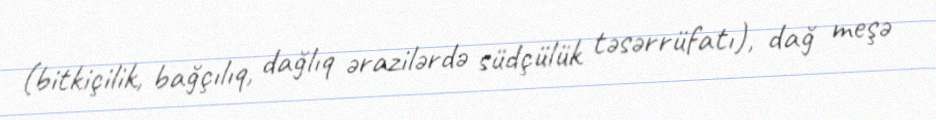
(bitkiçilik, bağçılıq, dağlıq ərazilərdə südçülük təsərrüfatı), dağ meşə